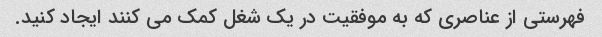
فهرستی از عناصری که به موفقیت در یک شغل کمک می کنند ایجاد کنید.